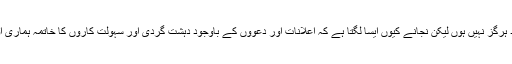
مایوس اور نااُمید ہرگز نہیں ہوں لیکن نجانے کیوں ایسا لگتا ہے کہ اعلانات اور دعوؤں کے باوجود دہشت گردی اور سہولت کاروں کا خاتمہ ہماری اولین ترجیح نہیں۔